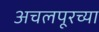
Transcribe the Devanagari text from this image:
अचलपूरच्या